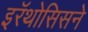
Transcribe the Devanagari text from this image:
इरॅथोसिसने